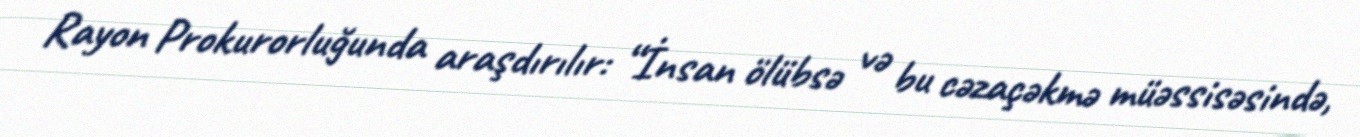
Rayon Prokurorluğunda araşdırılır: “İnsan ölübsə və bu cəzaçəkmə müəssisəsində,